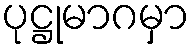
ပုဋ္ဌုမာဂမှာ